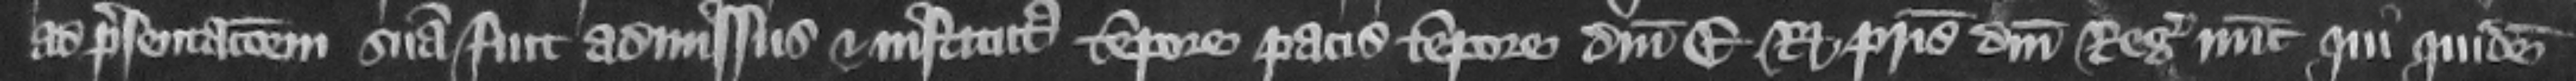
ad presentacionem suam fuit admissus et institutus tempore pacis tempore domini E. regis patris domini regis nunc. Qui quidem